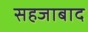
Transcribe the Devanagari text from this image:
सहजाबाद